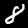
Digit: 8